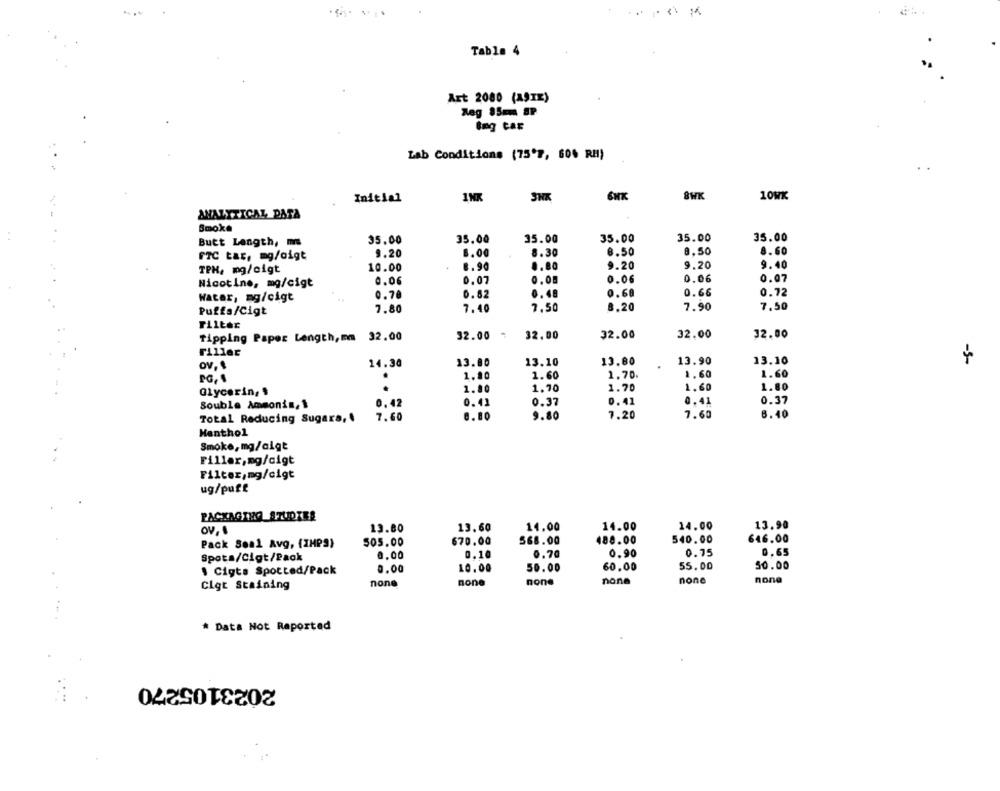
Table 4
Art 2080 (AŞIE)
Reg 85mm SP
Lab Conditions (75'7, 60% RM)
Initial
INK
8WK
10WK
ANALYTICAL DATA
Smoke
35.00
35.00
35.00
Butt Langth, m
35.00
35.00
35.00
9.20
8.00
8.30
8.50
8.50
8.60
FTC Lar, mg/oigt
TPH, mg/eigt
10.00
8.90
0.80
9.20
9.20
9.40
0.06
0.07
Nicotine, mg/cigt
0.06
0.07
0.05
0.06
0.78
0.62
0.48
0.60
0.66
0.72
Water, mg/cigt
7.80
7.40
7.50
8.20
7.90
7.50
Puffs/Cigt
Filter
Tipping Paper Length,mm 32.00
32.00
32.00
32.00
32.00
32.00
Filler
14.30
13.80
13.10
13.80
13.90
13.10
+
ov, 1
.
1,80
1.60
1.70.
1.60
1.60
1.80
1.70
1.70
1.60
1.80
Glycerin, $
Souble Ammonin, 1
0.42
0.41
0.37
0.41
0.41
0.37
Total Reducing Sugara,
7.60
8.80
9.80
7.20
7.60
6.40
Menthol
Smoke, mg/aigt
Filler,mg/cigt
Filter,mg/cigt
ug/puff
ov,
13.80
13.60
14.00
14.00
14.00
13.90
540.00
646.00
Pack Soa1 Avg, (IMPS)
505.00
670.00
568.00
188.00
0.10
0.70
0.90
0.75
0,65
Spota/Cigt/Pack
0,00
1 Cigta Spotted/Pack
0.00
10.00
50.00
60,00
55.00
50.00
Clgt Staining
none
none
none
none
none
none
* Data Not Reported
2023105270